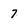
Character: 7